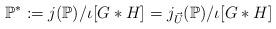
LaTeX: \begin{align*}\mathbb{P}^*:= j(\mathbb{P})/\iota[G*H] = j_{\vec{U}}(\mathbb{P})/\iota[G*H]\end{align*}